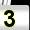
Digit: 3